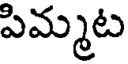
పిమ్మట